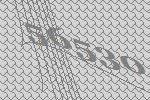
56530